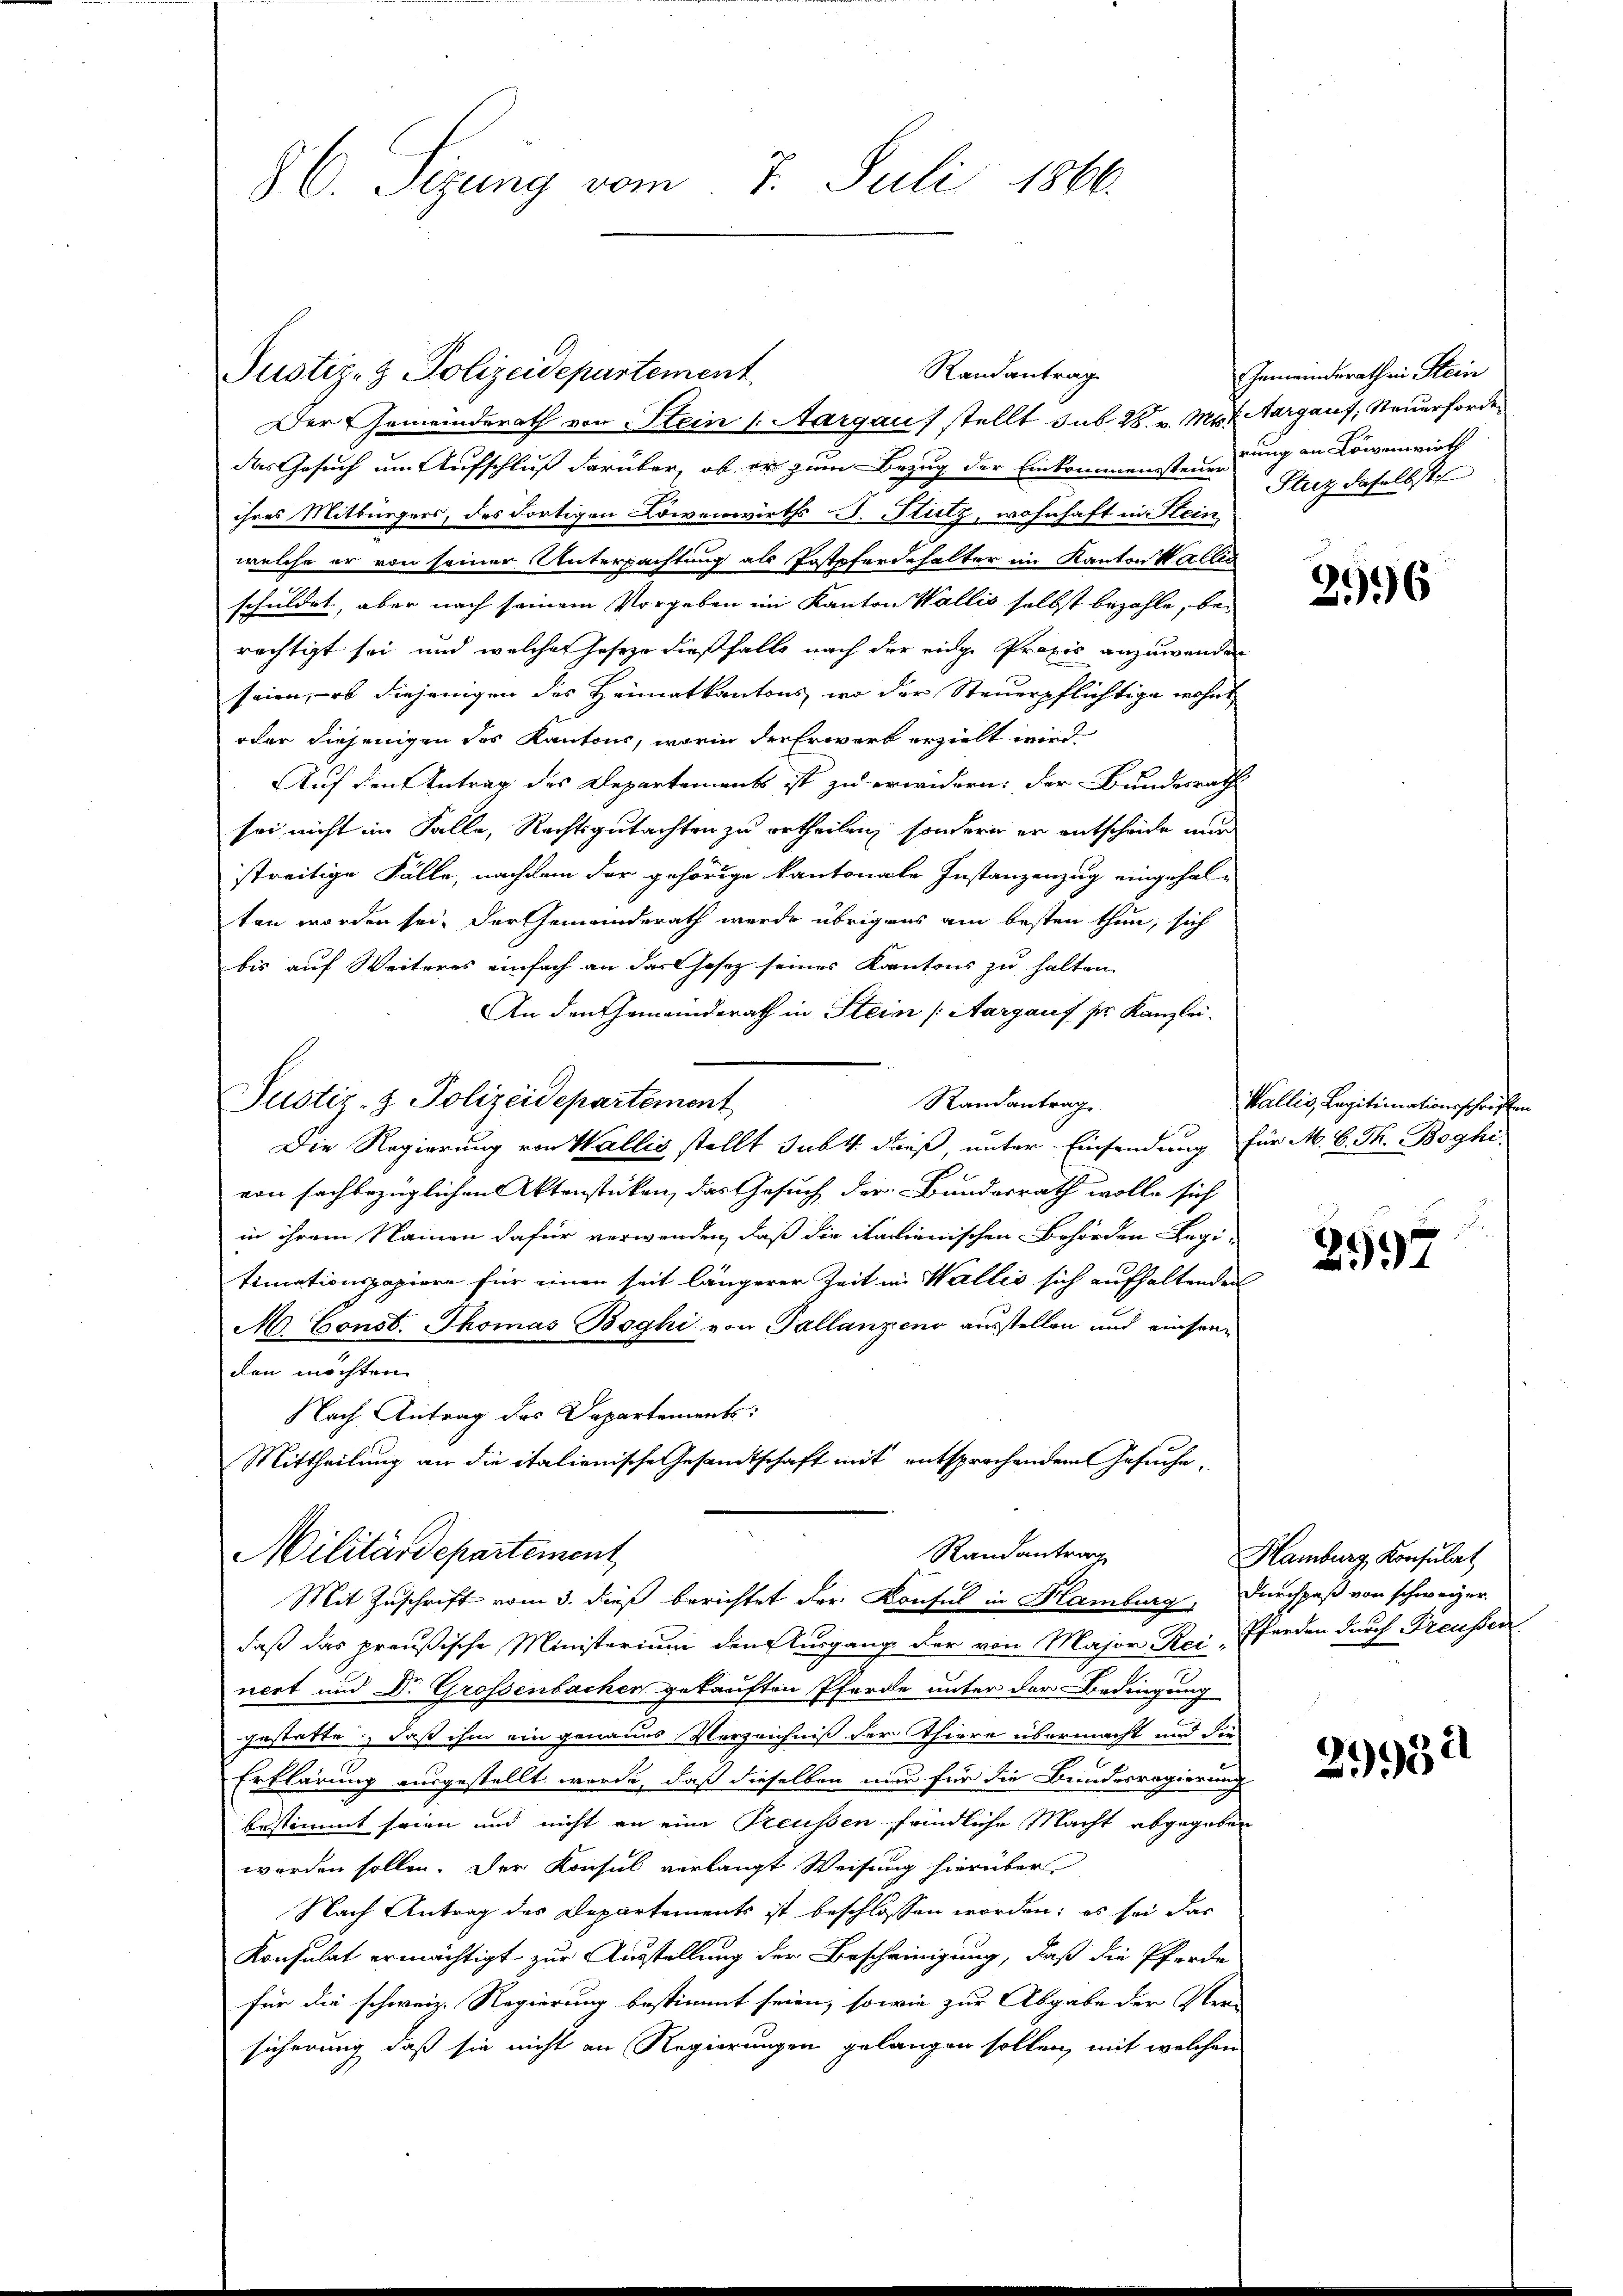
86. Sizung vom 7. Juli 1866.

Randantrag
Justiz- & Polizeidepartement
Der Gemeinderath von Stein /: Aargau / stellt sub 28. v. Mts. Aargauf, Steuerfordedas Gesuch um Aufschluß darüber, ob er zum Bezug der Einkommenssteuerung an Löwenwirth
ihres Mitbürgers, des dortigen Löwenwirths J. Stutz, wohnhaft in Stein
welche er von seiner Unterpachtung als Postpferdehalter im Kanton Wallis
schuldet, aber nach seinem Vorgeben im Kanton Wallis selbst bezahle, berechtigt sei, und welcher Josezo dießfalls nach der einge Praxis anzuwenden
seien, - ob diejenigen des Heimatkantons, wo der Steuerpflichtige wohnt
oder diejenigen des Kantons, worin der Erwart erzielt wird
Auf den Antrag des Departements ist zu erwidern: der Bundesrath
sei nicht im Falle, Rechtsgutachten zu ertheilen, sondern er entscheide nur
streitige Fälle, nachdem der gehörige kantonale Instanzenzug eingehalten worden sei. Der Gemeinderath wurde übrigens am besten thun, sich
bis auf Weiteres einfach an das Gesetz seines Kantons zu halten
An den Gemeinderath in Stein (Aargauf ser Kanzlei.
Justiz- & Polizeidepartement
Randantrag
Die Regierung von Wallis stellt sub 1. dieß, unter Einsendung für M. C. F. Boghi
von sachbezüglichen Aktenstücken, das Gesuch der Bundesrath wolle sich
in ihrem Namen dafür verwenden, daß die italienischen Behörden Regitimationspapiere für einen seit längerer Zeit in Wallis sich aufhaltenden
M. Const. Thomas Boghi von Tallanzen ausstellen und einsen-
den möchten |
Nach Antrag des Departements:
Mittheilung an die italienische Gesandtschaft mit entsprochendem Gesuche,
Randantrag
Militärdepartement
Mit Zuschrift vom 3. dieß berichtet der Konsul in Hamburg, Durchpaß von schweizer.
daß das preußische Ministerium den Ausgang der von Major Rei Eferden durch Treusser
nert und Dr. Grossenbacher gekauften Pferde unter der Bedingung
gestatte, daß ihm ein genaues Verzeichniß der Thiere übermacht und die
Erklärung ausgestellt werde, daß dieselben nur für die Bundesregierung
bestimmt seien und nicht an eine Treussen feindliche Macht abgegeben
werden sollen. Der Konsul verlangt Weisung hierüber
Nach Antrag des Departements ist beschlossen worden; es sei das
Konsulat ermächtigt zur Ausstellung der Bescheinigung, daß die Pferde
für die schweiz. Regierung bestimmt seien, sowie zur Abgabe der Ver-
sicherung, daß sie nicht an Regierungen gelangen sollen, mit welchen

Gemeindesrath ein Stein
Sturz daselbst

2996

Wallis, Legitimationsschriften

297

Hamburg Konsulat

2.341